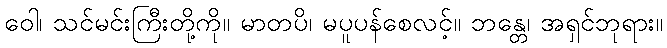
ဝေါ၊ သင်မင်းကြီးတို့ကို။ မာတပိ၊ မပူပန်စေလင့်။ ဘန္တေ၊ အရှင်ဘုရား။